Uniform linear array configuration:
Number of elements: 64
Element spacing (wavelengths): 0.25
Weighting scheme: hamming
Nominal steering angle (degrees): -60
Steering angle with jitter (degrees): -58.619
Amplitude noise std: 0.05
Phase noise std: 0.05

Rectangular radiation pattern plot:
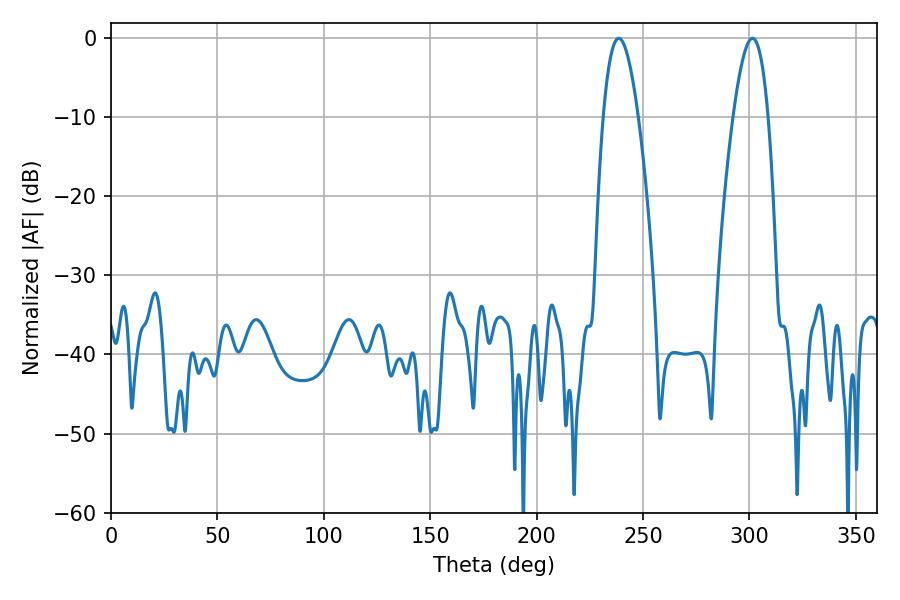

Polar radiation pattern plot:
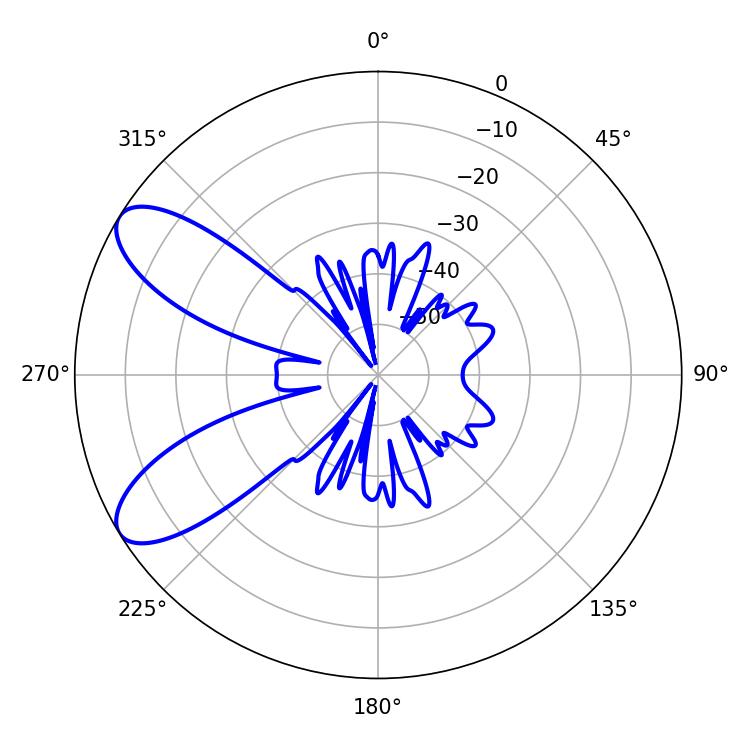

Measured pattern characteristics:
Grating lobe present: FALSE
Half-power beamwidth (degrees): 9
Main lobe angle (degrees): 238.5